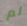
لم